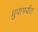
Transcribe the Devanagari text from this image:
ध्रुवापर्यंत